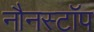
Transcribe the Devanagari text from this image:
नौनस्टॉप